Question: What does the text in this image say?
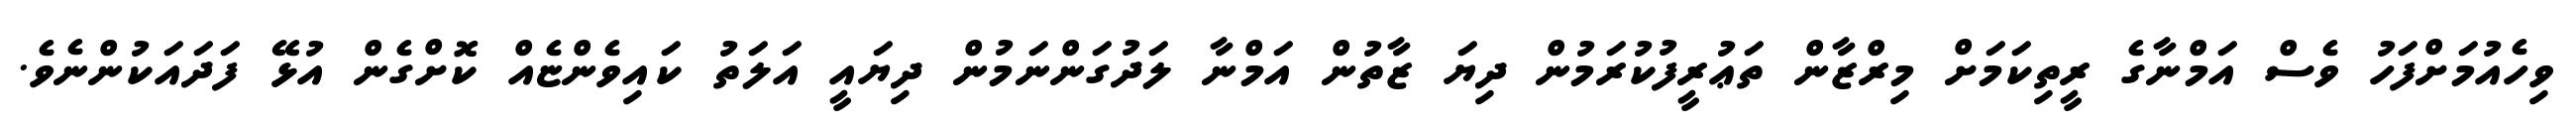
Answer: ވިހެއުމަށްފަހު ވެސް އަމްނާގެ ރީތިކަމަށް މިރްޒާން ތަޢުރީފުކުރަމުން ދިޔަ ޒާތުން އަމްނާ ލަދުގަންނަމުން ދިޔައީ އަލަތު ކައިވެންޏެއް ކޮށްގެން އުޅޭ ފަދައަކުންނެވެ.